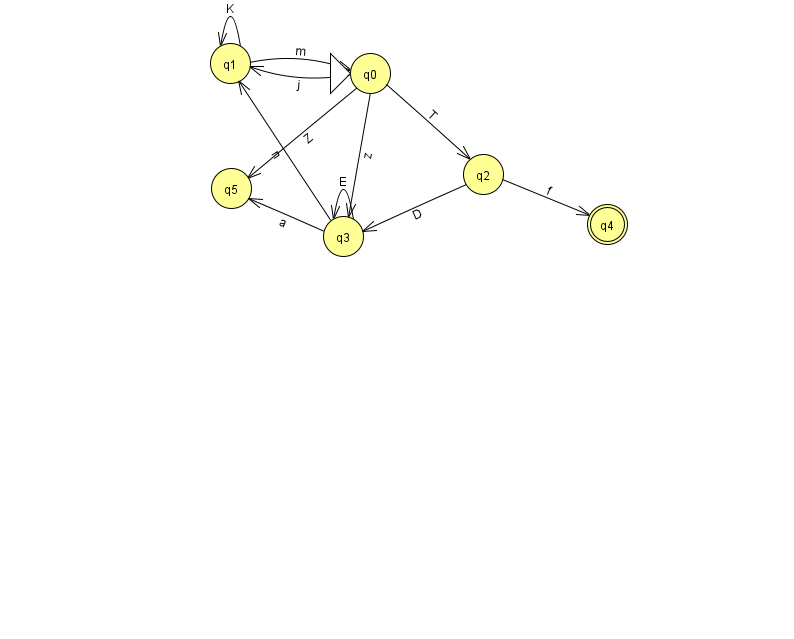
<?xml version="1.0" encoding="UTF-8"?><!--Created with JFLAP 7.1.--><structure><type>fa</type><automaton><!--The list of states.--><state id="0" name="q0"><x>370.0</x><y>60.0</y><initial/></state><state id="1" name="q1"><x>230.0</x><y>50.0</y></state><state id="2" name="q2"><x>483.0</x><y>161.0</y></state><state id="3" name="q3"><x>343.0</x><y>223.0</y></state><state id="4" name="q4"><x>607.0</x><y>211.0</y><final/></state><state id="5" name="q5"><x>231.0</x><y>175.0</y></state><!--The list of transitions.--><transition><from>0</from><to>1</to><read>j</read></transition><transition><from>2</from><to>4</to><read>f</read></transition><transition><from>0</from><to>5</to><read>Z</read></transition><transition><from>3</from><to>3</to><read>E</read></transition><transition><from>1</from><to>0</to><read>m</read></transition><transition><from>3</from><to>1</to><read>n</read></transition><transition><from>0</from><to>3</to><read>z</read></transition><transition><from>1</from><to>1</to><read>K</read></transition><transition><from>3</from><to>5</to><read>a</read></transition><transition><from>2</from><to>3</to><read>D</read></transition><transition><from>0</from><to>2</to><read>T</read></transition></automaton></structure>